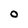
Character: 0